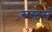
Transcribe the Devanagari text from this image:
रूस्टर्स